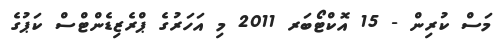
މަސް ކުރިން - 15 އޮކްޓޯބަރ 2011 މި އަހަރުގެ ޕްރެޒިޑެންޓްސް ކަޕުގެ